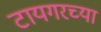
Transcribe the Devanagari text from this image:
टायगरच्या